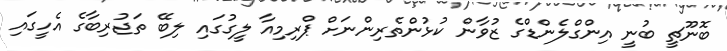
ބޮނޫޗީ ބުނީ އިންގްލެންޑްގެ ޒުވާން ކުޅުންތެރިންނަށް ޕްރިމިއާ ލީގުގައި ލިބޭ ތަޖުރިބާގެ އެހީގައި